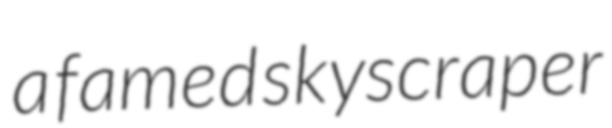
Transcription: a famed skyscraper